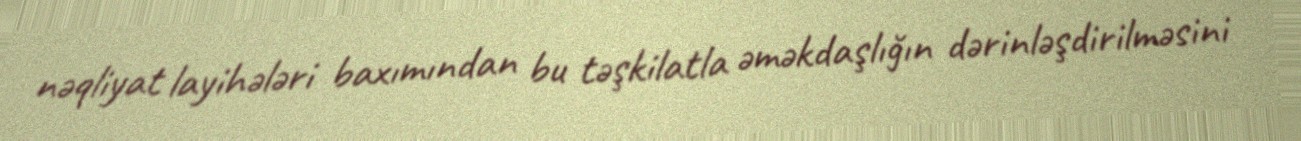
nəqliyat layihələri baxımından bu təşkilatla əməkdaşlığın dərinləşdirilməsini